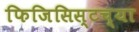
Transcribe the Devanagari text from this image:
फिजिसिस्टच्या